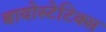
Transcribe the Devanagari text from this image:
बायोस्टेटिक्स